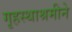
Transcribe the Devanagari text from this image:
गृहस्थाश्रमीने